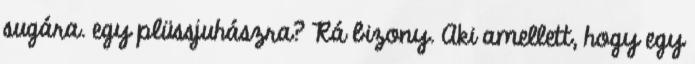
sugára. egy plüssjuhászra? Rá bizony. Aki amellett, hogy egy